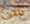
شئ